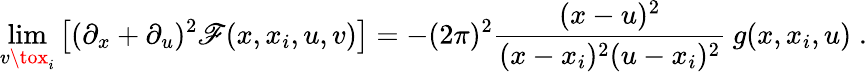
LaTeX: \operatorname*{lim}_{v\tox_{i}}\left[(\partial_{x}+\partial_{u})^{2}\mathscr{F}(x,x_{i},u,v)\right]=-(2\pi)^{2}\frac{{(x-u)^{2}}}{{(x-x_{i})^{2}(u-x_{i})^{2}}}\: g(x,x_{i},u)\; .